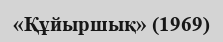
«Құйыршық» (1969)